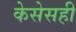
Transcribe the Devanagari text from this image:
केसेसही